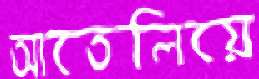
আতেলিয়ে